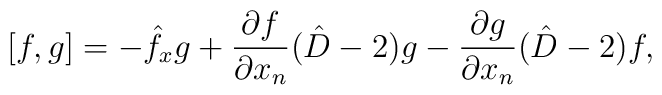
{}[f, g]=-\hat{f}_xg+\frac{\partial f}{\partial x_n}(\hat{D}-2)g-\frac{\partial g}{\partial x_n}(\hat{D}-2)f,